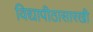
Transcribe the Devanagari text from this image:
विद्यापीठासारखी